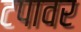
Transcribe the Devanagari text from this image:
टपावर